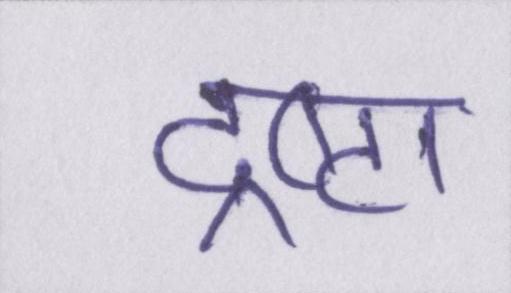
द्रष्टा